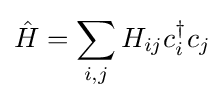
{\hat {H}}=\sum _{i,j}H_{ij}c_{i}^{\dagger }c_{j}